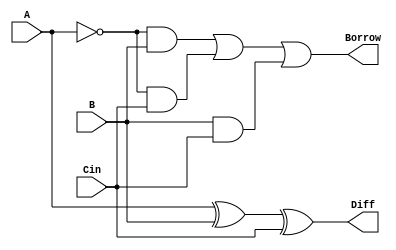
// This program was cloned from: https://github.com/Aryavardhan37/Verilog_codes
// License: MIT License

module full_subtractor(A, B, Cin, Diff, Borrow);
  input A, B, Cin;
  output Diff, Borrow;
  
  assign Diff = A ^ B ^ Cin;
  assign Borrow = (~A & B) | (~A & Cin) | (B & Cin);
endmodule